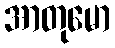
အာတုမော